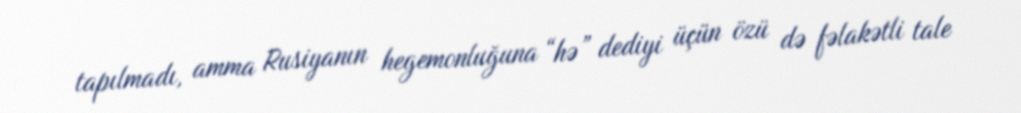
tapılmadı, amma Rusiyanın hegemonluğuna “hə” dediyi üçün özü də fəlakətli tale